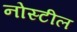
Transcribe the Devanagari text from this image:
नोस्टील